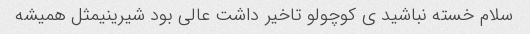
سلام خسته نباشید ی کوچولو تاخیر داشت عالی بود شیرینیمثل همیشه